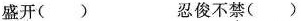
盛开( ) 忍俊不禁( )